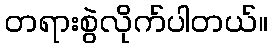
တရားစွဲလိုက်ပါတယ်။